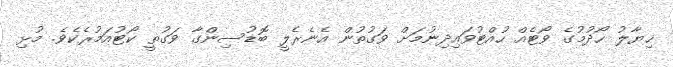
ޚިޔާލު ހޯދުމުގެ ވޯޓެއް ހުއްޓުވައިދިނުމަށް ވަގުތުން އެނެރެލީ ބޮޑުސިންގާ ވަގުތީ ކޯޓުއަމުރެކެވެ. މުޅި